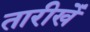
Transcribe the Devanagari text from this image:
तारीखेँ